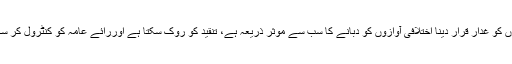
کیا لوگوں کو غدار قرار دینا اختلافی آوازوں کو دبانے کا سب سے موثر ذریعہ ہے، تنقید کو روک سکتا ہے اوررائے عامہ کو کنٹرول کر سکتا ہے؟